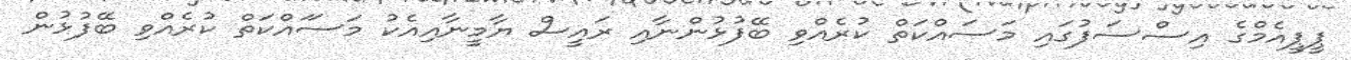
ޕީޕީއެމްގެ އިސްސަފުގައި މަސައްކަތް ކުރެއްވި ބޭފުޅުންނާއި ރައީސް ޔާމީނާއިއެކު މަސަައްކަތް ކުރެއްވި ބޭފުޅުން